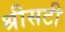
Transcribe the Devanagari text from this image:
श्रीसटी